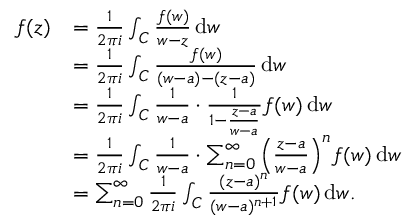
{ \begin{array} { r l } { f ( z ) } & { = { \frac { 1 } { 2 \pi i } } \int _ { C } { \frac { f ( w ) } { w - z } } \, \mathrm { d } w } \\ & { = { \frac { 1 } { 2 \pi i } } \int _ { C } { \frac { f ( w ) } { ( w - a ) - ( z - a ) } } \, \mathrm { d } w } \\ & { = { \frac { 1 } { 2 \pi i } } \int _ { C } { \frac { 1 } { w - a } } \cdot { \frac { 1 } { 1 - { \frac { z - a } { w - a } } } } f ( w ) \, \mathrm { d } w } \\ & { = { \frac { 1 } { 2 \pi i } } \int _ { C } { \frac { 1 } { w - a } } \cdot { \sum _ { n = 0 } ^ { \infty } \left( { \frac { z - a } { w - a } } \right) ^ { n } } f ( w ) \, \mathrm { d } w } \\ & { = \sum _ { n = 0 } ^ { \infty } { \frac { 1 } { 2 \pi i } } \int _ { C } { \frac { ( z - a ) ^ { n } } { ( w - a ) ^ { n + 1 } } } f ( w ) \, \mathrm { d } w . } \end{array} }